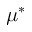
\mu ^ { * }